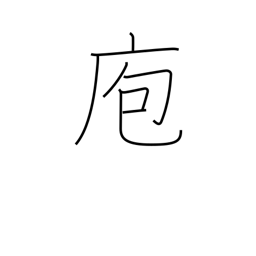
Meaning: kitchen